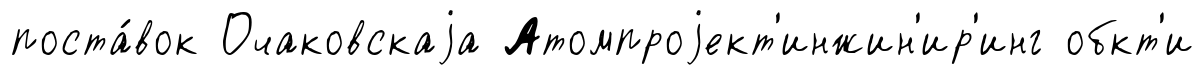
поста́вок Очаковскаjа Атомпроjект'инжин'ир'инг обкт'и